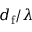
d _ { \mathrm { f } } / \lambda